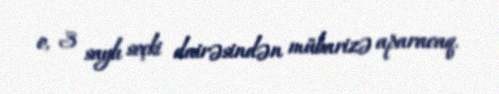
o, 3 saylı seçki dairəsindən mübarizə aparacaq.